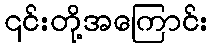
၎င်းတို့အကြောင်း